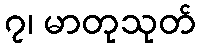
၇၊ မာတုသုတ်